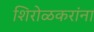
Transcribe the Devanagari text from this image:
शिरोळकरांना